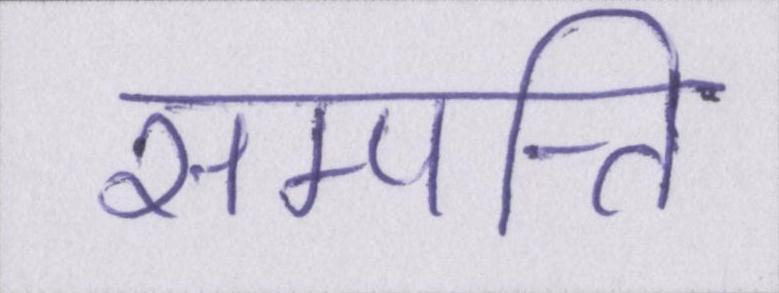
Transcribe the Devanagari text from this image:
सम्पत्ति